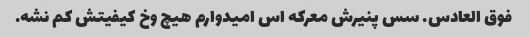
فوق العادس. سس پنیرش معرکه اس امیدوارم هیچ وخ کیفیتش کم نشه.